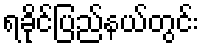
ရခိုင်ပြည်နယ်တွင်း